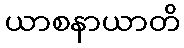
ယာစနာယာတိ